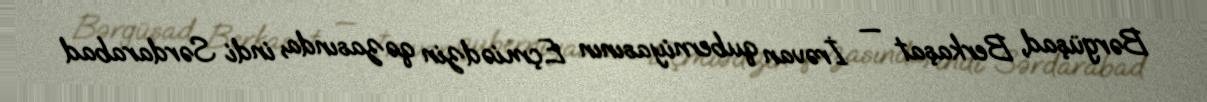
Bərgüşad, Berkaşat — İrəvan quberniyasının Eçmiədzin qəzasında, indi Sərdarabad